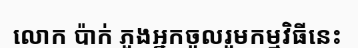
លោក ប៉ាក់ ភួងអ្នកចូលរួមកម្មវិធីនេះ